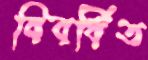
বিবর্ধিত